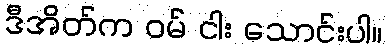
ဒီအိတ်က ဝမ် ငါး သောင်းပါ။